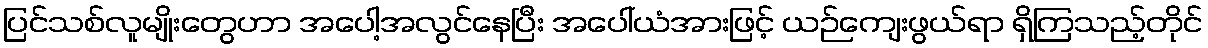
ပြင်သစ်လူမျိုးတွေဟာ အပေါ့အလွင်နေပြီး အပေါ်ယံအားဖြင့် ယဉ်ကျေးဖွယ်ရာ ရှိကြသည့်တိုင်